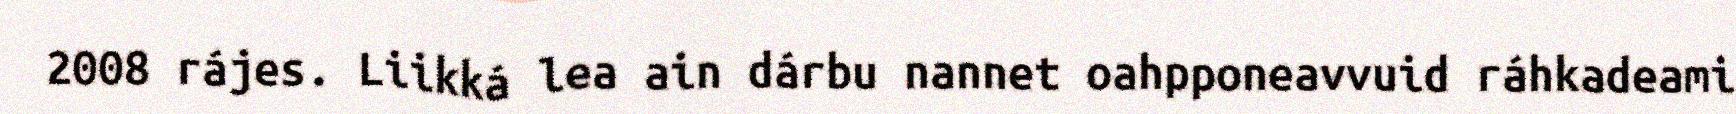
2008 rájes. Liikká lea ain dárbu nannet oahpponeavvuid ráhkadeami